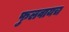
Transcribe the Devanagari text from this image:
फुलवायच